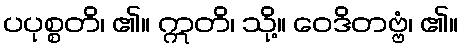
ပပုစ္စတိ၊ ၏။ ဣတိ၊ သို့။ ဝေဒိတဗ္ဗံ၊ ၏။